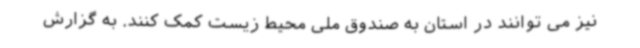
نیز می توانند در استان به صندوق ملی محیط زیست کمک کنند. به گزارش